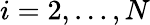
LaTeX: i=2,\ldots,N